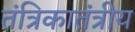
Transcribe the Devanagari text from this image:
तंत्रिकातंत्रीय